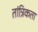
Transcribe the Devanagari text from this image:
तांत्रिकता